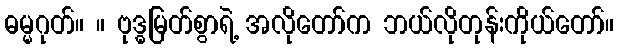
ဓမ္မဂုတ်။ ။ ဗုဒ္ဓမြတ်စွာရဲ့ အလိုတော်က ဘယ်လိုတုန်းကိုယ်တော်။